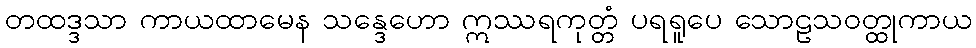
တထဒ္ဒသာ ကာယထာမေန သန္ဒေဟော ဣဿရကုတ္တံ ပရရူပေ သောဠသဝတ္ထုကာယ